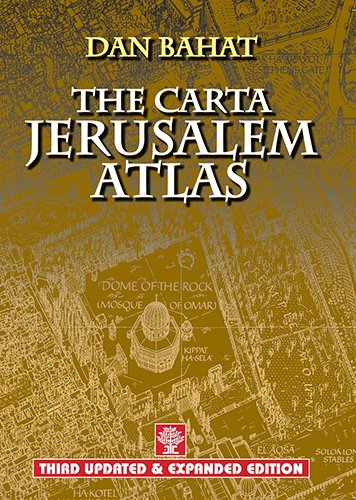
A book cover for The Carta Jerusalem Atlas (Formerly Illustrated Atlas of Jerusalem); Dan Bahat; Travel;